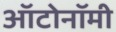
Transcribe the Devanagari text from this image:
ऑटोनॉमी